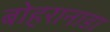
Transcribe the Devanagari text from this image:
बोहरानाडा